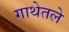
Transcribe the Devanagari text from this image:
गाथेतले